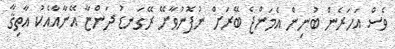
ވެސް އަހަރެން ބުނިން އެމަންޖެ ބޭރަށް ނުފޮނުވާށޭ ރޭގަނޑު ދަންޏާ އޭނާއާއެކު އާތިޤާ